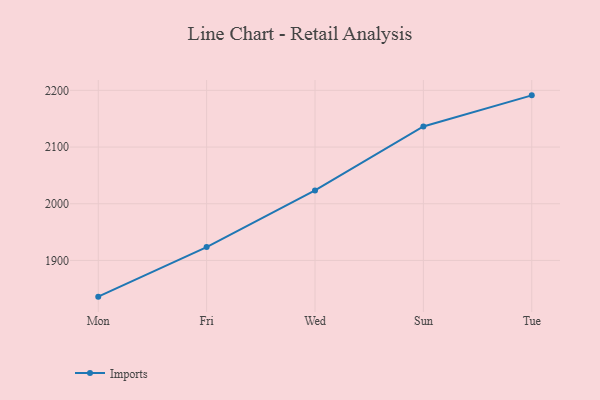
{"axis": {"x": "Day", "y": "Tickets Resolved"}, "legend": ["Imports"], "data": [{"x": "Mon", "y": 1836.1, "type": "Imports"}, {"x": "Fri", "y": 1923.6, "type": "Imports"}, {"x": "Wed", "y": 2023.4, "type": "Imports"}, {"x": "Sun", "y": 2136.4, "type": "Imports"}, {"x": "Tue", "y": 2191.2, "type": "Imports"}]}